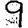
Digit: 9